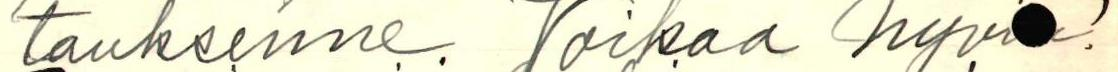
tauksenne. Voikaa hyvi !